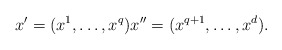
\begin{align*}x'=(x^1,\ldots,x^q)x''=(x^{q+1},\ldots,x^d).\end{align*}